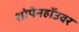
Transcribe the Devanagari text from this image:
शोपेनहॉउवर